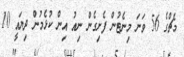
މެޗްގެ 56 ވަނަ މިނެޓުން ފެށިގެން ނިއު އިން ކުޅެމުން ދިޔައީ 10